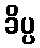
ခိပ္ပ